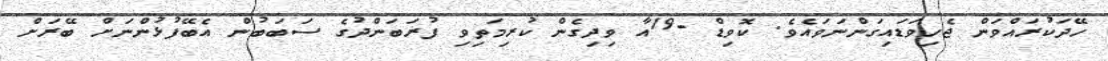
ހޭދަކުރައްވަން ޖެހިވަޑައިގަންނަވައެވެ. ކޮވިޑް -19އާ ވިދިގެން ކުރިމަތިވި ފުރަބަންދުގެ ސަބަބުން އެބޭފުޅުންނަށް ބޭރަށް